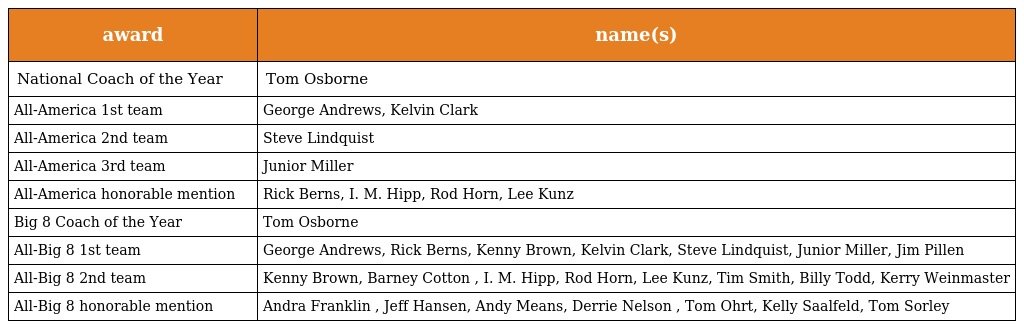
| award | name(s) |
 | --- | --- |
 | National Coach of the Year | Tom Osborne |
 | All-America 1st team | George Andrews, Kelvin Clark |
 | All-America 2nd team | Steve Lindquist |
 | All-America 3rd team | Junior Miller |
 | All-America honorable mention | Rick Berns, I. M. Hipp, Rod Horn, Lee Kunz |
 | Big 8 Coach of the Year | Tom Osborne |
 | All-Big 8 1st team | George Andrews, Rick Berns, Kenny Brown, Kelvin Clark, Steve Lindquist, Junior Miller, Jim Pillen |
 | All-Big 8 2nd team | Kenny Brown, Barney Cotton , I. M. Hipp, Rod Horn, Lee Kunz, Tim Smith, Billy Todd, Kerry Weinmaster |
 | All-Big 8 honorable mention | Andra Franklin , Jeff Hansen, Andy Means, Derrie Nelson , Tom Ohrt, Kelly Saalfeld, Tom Sorley |